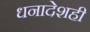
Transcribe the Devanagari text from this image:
धनादेशही